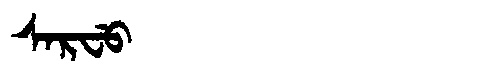
Manchu: ᠰᠠᡵᠸᡠ
Romanization: SARFU